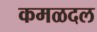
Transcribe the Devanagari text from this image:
कमळदल